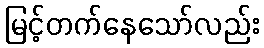
မြင့်တက်နေသော်လည်း